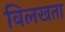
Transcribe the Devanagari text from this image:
विलखता